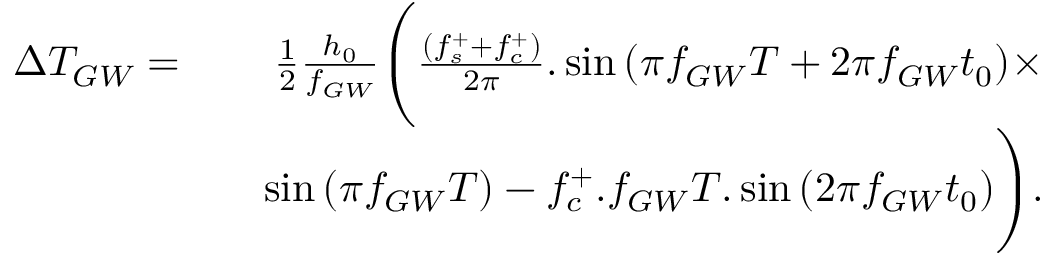
\begin{array} { r l r } { \Delta T _ { G W } = } & { } & { \frac { 1 } { 2 } \frac { h _ { 0 } } { f _ { G W } } \Biggl ( \frac { ( f _ { s } ^ { + } + f _ { c } ^ { + } ) } { 2 \pi } . \sin { ( \pi f _ { G W } T + 2 \pi f _ { G W } t _ { 0 } ) } \times } \\ & { } & { \sin { ( \pi f _ { G W } T ) } - f _ { c } ^ { + } . f _ { G W } T . \sin { ( 2 \pi f _ { G W } t _ { 0 } ) \Biggr ) } . } \end{array}